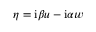
\eta = \mathrm { i } \beta u - \mathrm { i } \alpha w